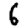
Digit: 6